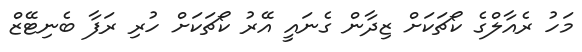
މަހު ރެއާލްގެ ކޯޗަކަށް ޒިދާން ގެނައީ އޭރު ކޯޗަކަށް ހުރި ރަފާ ބެނިޓޭޒް